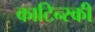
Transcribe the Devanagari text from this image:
काटिन्स्की